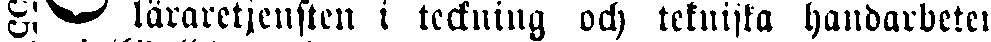
# läraretjensten i teckning och tekniska handarbeten